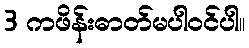
3 ကဖိန်းဓာတ်မပါဝင်ပါ။